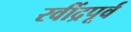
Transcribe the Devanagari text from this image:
रवींद्रपूर्व